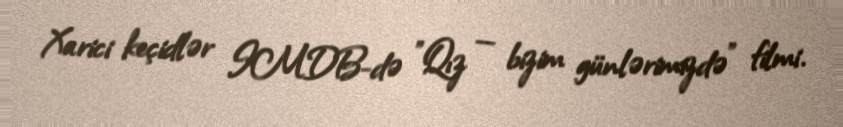
Xarici keçidlər IMDB-də "Qız — bizim günlərimizdə" filmi.